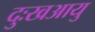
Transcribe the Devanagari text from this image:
दुःखआयु